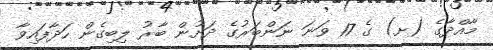
މާއްދާގެ (ށ) ގެ 17 ވަނަ ނަންބަރުގެ ދަށުން ބާރު ލިބިގެން ހަދާފައިވާ